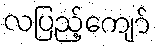
လပြည့်ကျော်